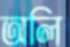
অলি